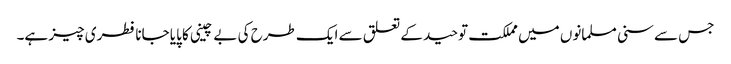
جس سے سنی مسلمانوں میں مملکت توحید کے تعلق سے ایک طرح کی بے چینی کا پایا جانا فطری چیز ہے۔